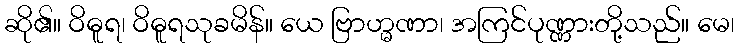
ဆို၏။ ဝိဓူရ၊ ဝိဓူရသုခမိန်။ ယေ ဗြာဟ္မဏာ၊ အကြင်ပုဏ္ဏားတို့သည်။ မေ၊